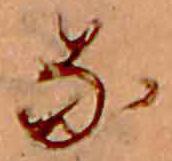
な